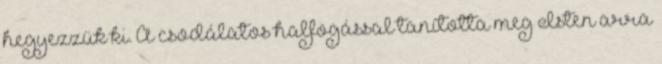
hegyezzük ki. A csodálatos halfogással tanította meg Isten arra